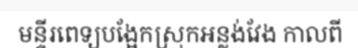
មន្ទីរពេទ្យបង្អែកស្រុកអន្លង់វែង កាលពី